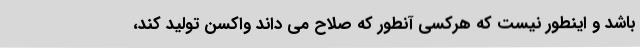
باشد و اینطور نیست که هرکسی آنطور که صلاح می داند واکسن تولید کند،